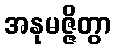
အနုမဇ္ဇိတွာ